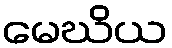
မေဃိယ